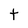
Character: t